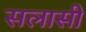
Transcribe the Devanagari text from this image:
सलासी